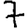
Digit: 7